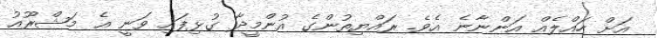
އަށް ހައްލެއް އަންނާނެ އެވެ. ރައްޔިތުންގެ އުންމީދާ ގުޅިފައި ވަނީ އެ މަޝްރޫއު